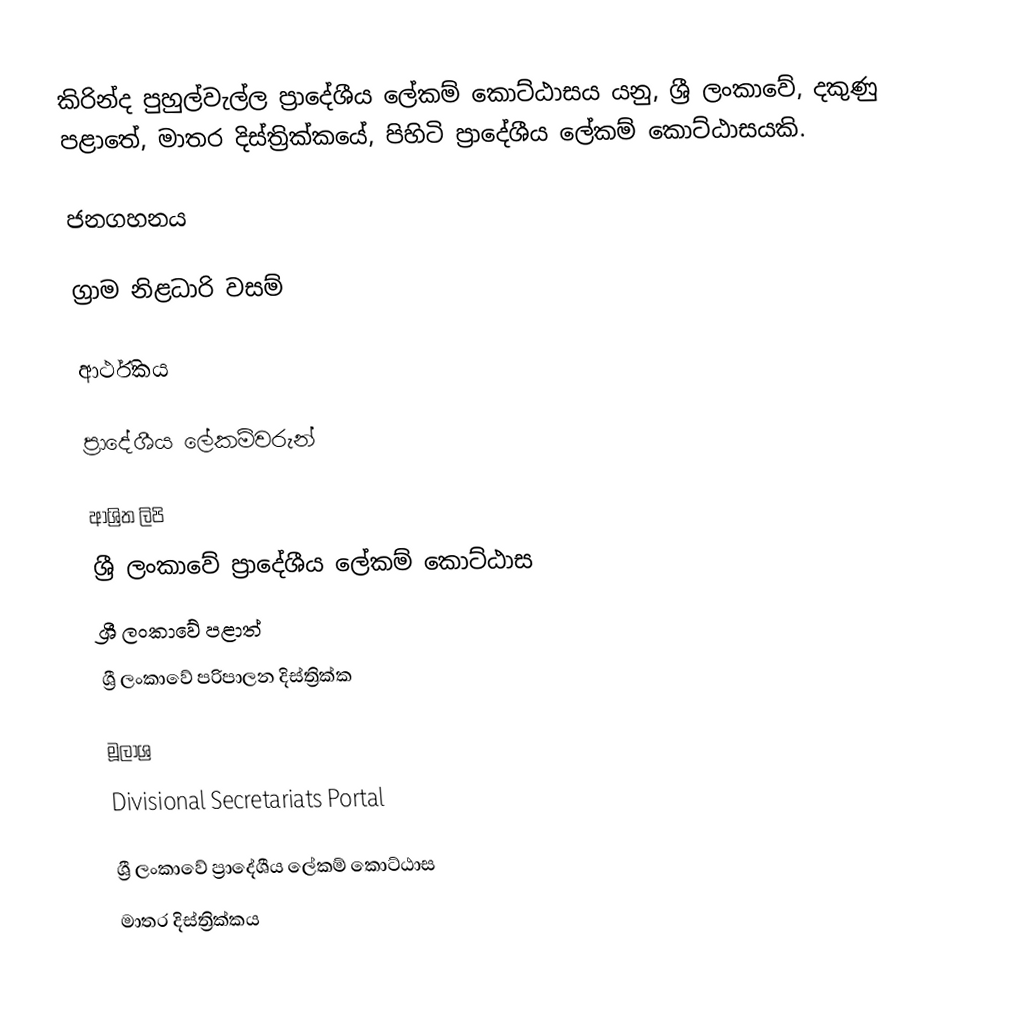
කිරින්ද පුහුල්වැල්ල ප්‍රාදේශීය ලේකම් කොට්ඨාසය යනු,  ශ්‍රී ලංකාවේ, දකුණු පළාතේ,   මාතර දිස්ත්‍රික්කයේ, පිහිටි ප්‍රාදේශීය ලේකම් කොට්ඨාසයකි.

ජනගහනය

ග්‍රාම නිළධාරි වසම්

ආර්ථිකය

ප්‍රාදේශීය ලේකම්වරුන්

ආශ්‍රිත ලිපි
ශ්‍රී ලංකාවේ ප්‍රාදේශීය ලේකම් කොට්ඨාස
ශ්‍රී ලංකාවේ පළාත්
ශ්‍රී ලංකාවේ පරිපාලන දිස්ත්‍රික්ක

මූලාශ්‍ර
 Divisional Secretariats Portal

ශ්‍රී ලංකාවේ ප්‍රාදේශීය ලේකම් කොට්ඨාස
මාතර දිස්ත්‍රික්කය